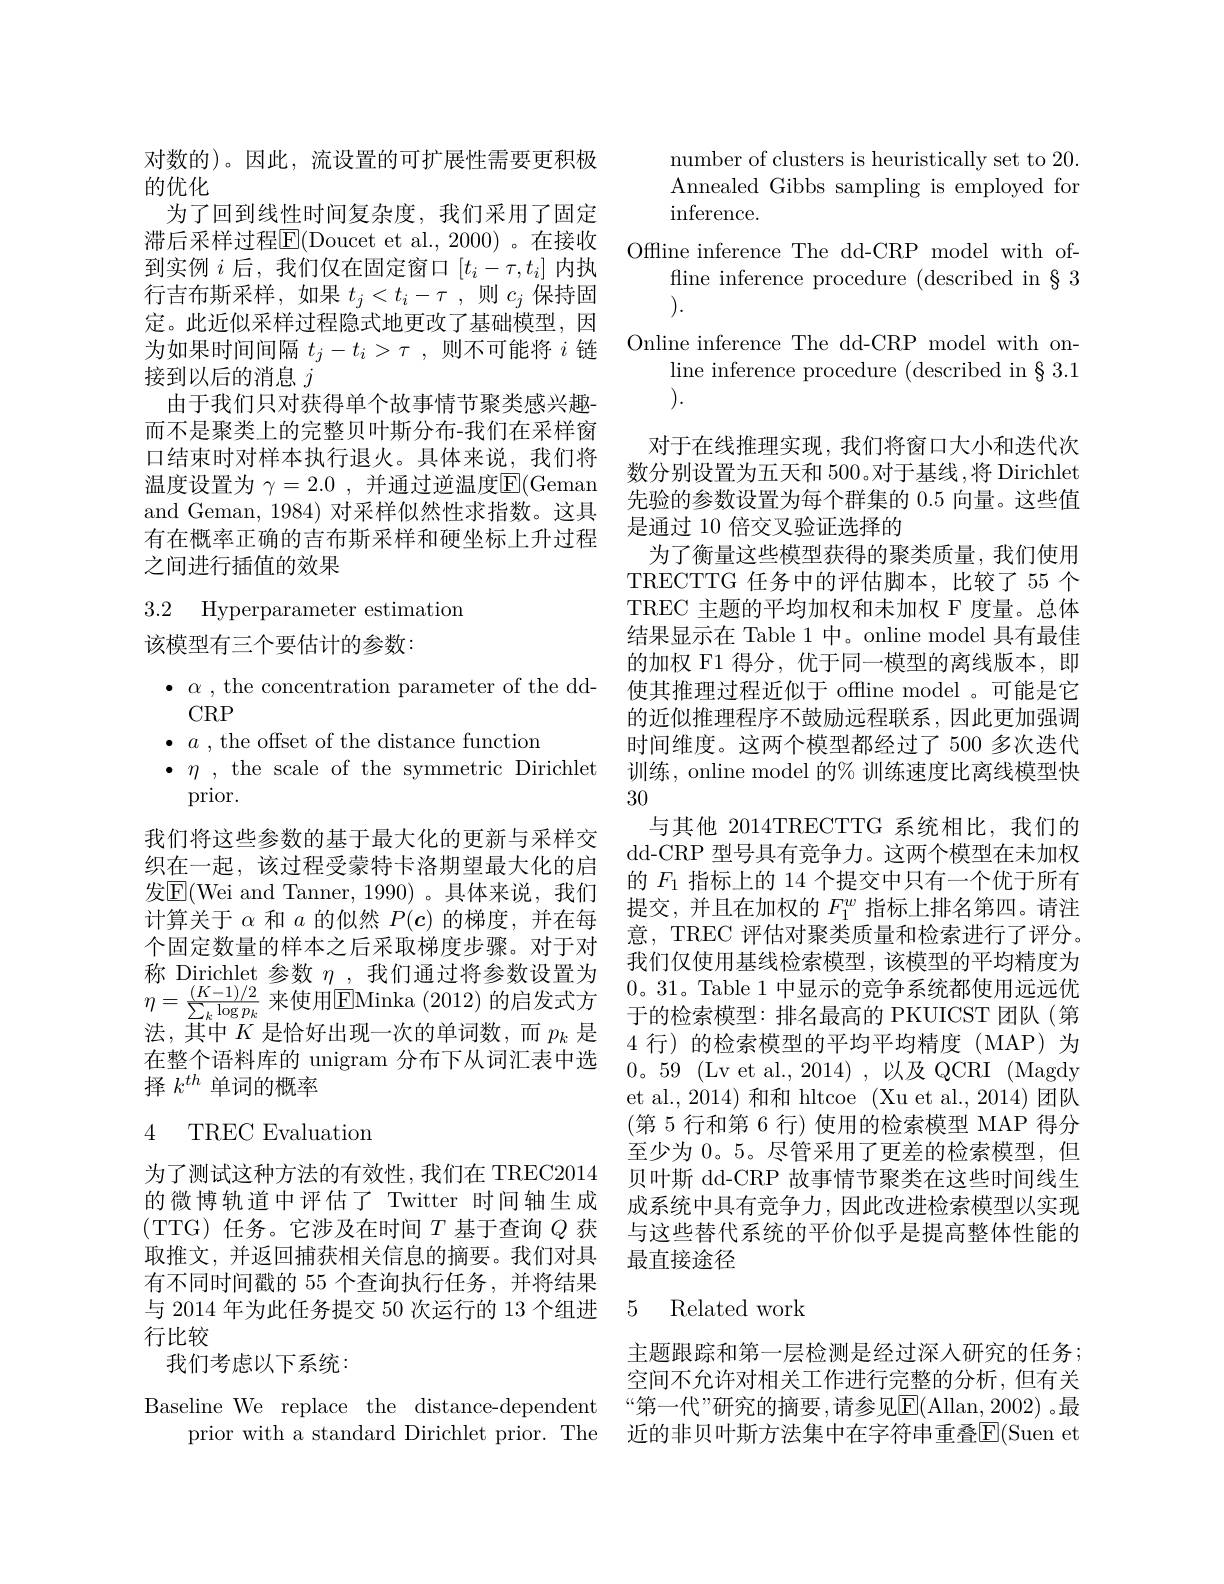
对数的)。因此，流设置的可扩展性需要更积极
的优化
为了回到线性时间复杂度，我们采用了固定滞后采样过程E(Doucet et al.,2000)。在接收到实例$i$ 后，我们仅在固定窗口$[t_i-\tau,t_i]$内执行吉布斯采样，如果$t_j<t_i-\tau$,则$c_j$保持固定。此近似采样过程隐式地更改了基础模型，因为如果时间间隔$t_j-t_i>\tau$,则不可能将$i$链接到以后的消息$j$
由于我们只对获得单个故事情节聚类感兴趣而不是聚类上的完整贝叶斯分布-我们在采样窗口结束时对样本执行退火。具体来说，我们将温度设置为 $\gamma = 2. 0$ , 并通过逆温度$\mathbb{E}($Geman and Geman, 1984) 对采样似然性求指数。这具有在概率正确的吉布斯采样和硬坐标上升过程之间进行插值的效果

3.2 Hyperparameter estimation

该模型有三个要估计的参数：

CRP
$\bullet~a~,~$the offset of the distance function
prior.
我们将这些参数的基于最大化的更新与采样交织在一起，该过程受蒙特卡洛期望最大化的启发|E|(Wei and Tanner, 1990)。具体来说，我们计算关于$\alpha$和$a$的似然$P(\boldsymbol{c})$的梯度，并在每个固定数量的样本之后采取梯度步骤。对于对称 Dirichlet 参数$\eta$ ,我们通过将参数设置为$\eta=\frac{(K-1)/2}{\sum_{k}\log p_{k}}$来使用$\boxed{\mathrm{EMinka~(2012)~}}$的启发式方$\eta=\frac{(K-1)/2}{\sum_{k}\log p_{k}}$来使用$\boxed{\mathrm{EMinka~(2012)~}}$的启发式方= 在整个语料库的 unigram 分布下从词汇表中选择$k^{th}$单词的概率

# 4 TREC Evaluation

有不同时间戳的 55 个查询执行任务，并将结果
与 2014 年为此任务提交 50 次运行的 13 个组进 5 Related work
行比较
我们考虑以下系统：

number of clusters is heuristically set to 20.

Annealed Gibbs sampling is employed for

$\operatorname{inference}.$

Offline inference The dd-CRP model with of-

fline inference procedure (described in §3

).

Online inference The dd-CRP model with on-

line inference procedure (described in §3.1

).
对于在线推理实现，我们将窗口大小和迭代次数分别设置为五天和 500。对于基线 ,将 Dirichlet 先验的参数设置为每个群集的0.5向量。这些值是通过 10 倍交叉验证选择的
为了衡量这些模型获得的聚类质量，我们使用TRECTTG 任务中的评估脚本，比较了55个TREC 主题的平均加权和未加权 F 度量。总体结果显示在 Table 1 中。online model 具有最佳的加权 F1 得分，优于同一模型的离线版本，即
$\bullet \alpha$ , the concentration parameter of the dd- 使其推理过程近似于 offline model 。可能是它
的近似推理程序不鼓励远程联系，因此更加强调时间维度。这两个模型都经过了 500 多次迭代
$\bullet \eta$ , the scale of the symmetric Dirichlet 训练，online model 的% 训练速度比离线模型快
30
与其他 2014TRECTTG 系统相比，我们的dd-CRP 型号具有竞争力。这两个模型在未加权的$F_{1}$指标上的 14 个提交中只有一个优于所有提交，并且在加权的$F_1^w$指标上排名第四。请注意，TREC 评估对聚类质量和检索进行了评分。我们仅使用基线检索模型，该模型的平均精度为0。31。Table 1 中显示的竞争系统都使用远远优于的检索模型：排名最高的 PKUICST 团队(第
$0。59\allowbreak ( {\mathrm{mod}} $Lv et al. , 2014) , 以 及 QCRI ( Magdy) et al., 2014) 和和 hltcoe (Xu et al., 2014)团队(第 5 行和第 6 行) 使用的检索模型 MAP 得分至少为0。5。尽管采用了更差的检索模型，但
为了测试这种方法的有效性，我们在 TREC2014 贝叶斯 dd-CRP 故事情节聚类在这些时间线生的微博轨道中评估了 Twitter 时间轴生成 成系统中具有竞争力，因此改进检索模型以实现(TTG) 任务。它涉及在时间$T$基于查询$Q$获 与这些替代系统的平价似乎是提高整体性能的取推文，并返回捕获相关信息的摘要。我们对具 最直接途径

主题跟踪和第一层检测是经过深人研究的任务： 空间不允许对相关工作进行完整的分析，但有关
Baseline We replace the distance-dependent “第一代”研究的摘要，请参见$\overline{\mathrm{E}}($Allan,2002)。最
prior with a standard Dirichlet prior. The 近的非贝叶斯方法集中在字符串重叠$\overline{\mathrm{E}}($Suen et